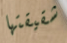
شقيقتها